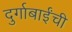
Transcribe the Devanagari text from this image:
दुर्गाबाईंची